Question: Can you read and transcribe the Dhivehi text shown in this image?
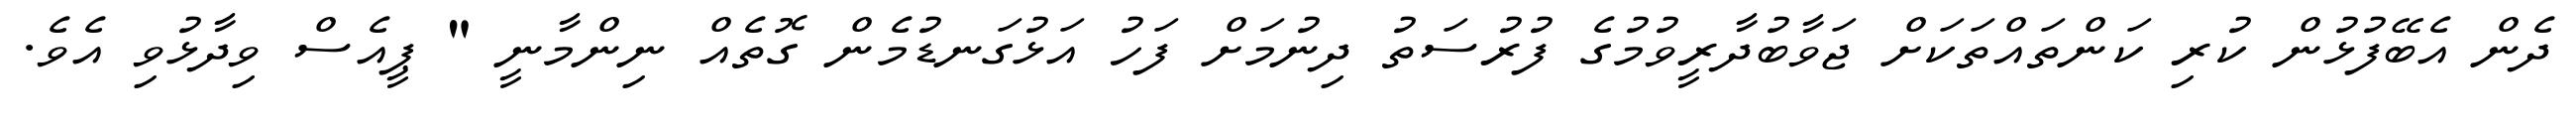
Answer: ދެން އެބޭފުޅުން ކުރި ކަންތައްތަކަށް ޖަވާބުދާރީވުމުގެ ފުރުސަތު ދިނުމަށް ފަހު އަޅުގަނޑުމެން ގޮތެއް ނިންމާނީ " ޕީއެސް ވިދާޅުވި އެވެ.